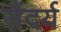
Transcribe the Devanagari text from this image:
सैंदर्य